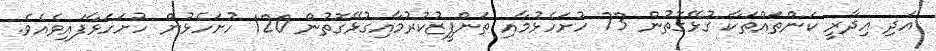
އަދި އިދާރީ ކަންތައްތަކާ ގުޅޭގޮތުން 73 ހުށަހެޅުމާއި ތަންފީޒުކުރުމާއިގުޅޭގޮތުން 120 ހުށަހެޅުން ހުށަހަޅާފައިވެއެވެ.